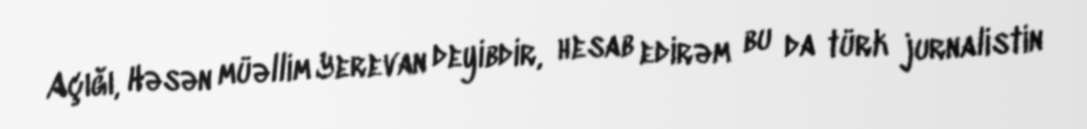
Açığı, Həsən müəllim Yerevan deyibdir, hesab edirəm bu da türk jurnalistin